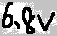
Text: 6.8V